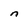
Character: n